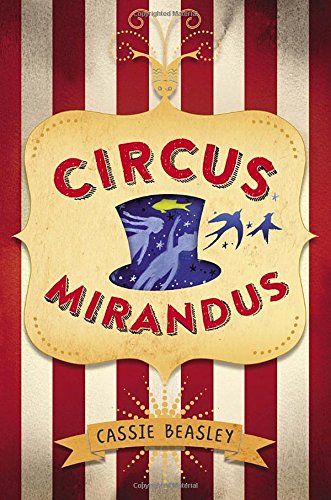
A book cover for Circus Mirandus; Cassie Beasley; Children's Books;